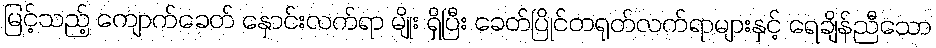
မြင့်သည့် ကျောက်ခေတ် နှောင်းလက်ရာ မျိုး ရှိပြီး ခေတ်ပြိုင်တရုတ်လက်ရာများနှင့် ရေချိန်ညီသော